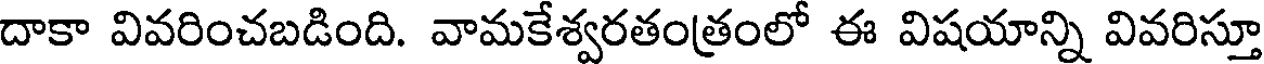
దాకా వివరించబడింది. వామకేశ్వరతంత్రంలో ఈ విషయాన్ని వివరిస్తూ